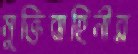
মুক্তিবাহিনীর